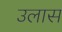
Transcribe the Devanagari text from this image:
उलास